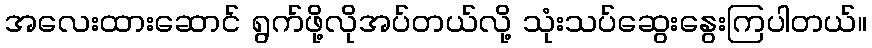
အလေးထားဆောင် ရွက်ဖို့လိုအပ်တယ်လို့ သုံးသပ်ဆွေးနွေးကြပါတယ်။